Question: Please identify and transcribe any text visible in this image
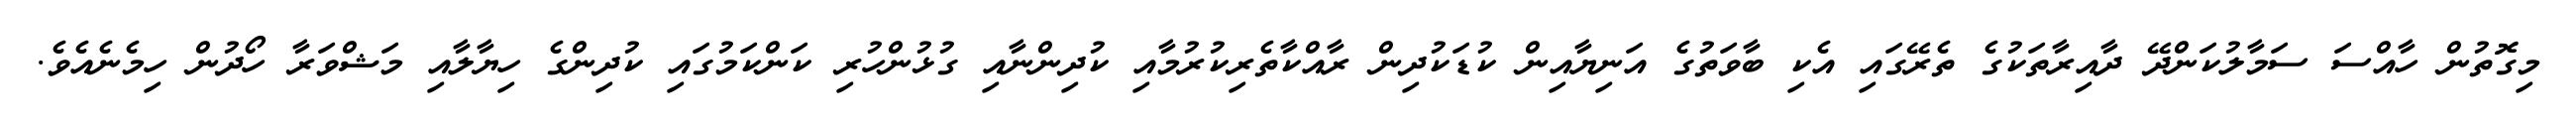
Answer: މިގޮތުން ހާއްސަ ސަމާލުކަންދޭ ދާއިރާތަކުގެ ތެރޭގައި އެކި ބާވަތުގެ އަނިޔާއިން ކުޑަކުދިން ރާއްކާތެރިކުރުމާއި ކުދިންނާއި ގުޅުންހުރި ކަންކަމުގައި ކުދިންގެ ހިޔާލާއި މަޝްވަރާ ހޯދުން ހިމެނެއެވެ.